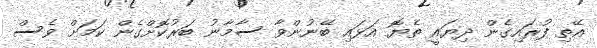
އޭތި ފުރައިގެން ދިޔައީ ތެޔޮ އަޅައި ބޭނުންވާ ސާމާނު ބަރުކޮށްގެން ކަމަށް ވެސް